King Institute of Preventive Medicine Micro-Biological Section reports 1912-19
Year: 1912
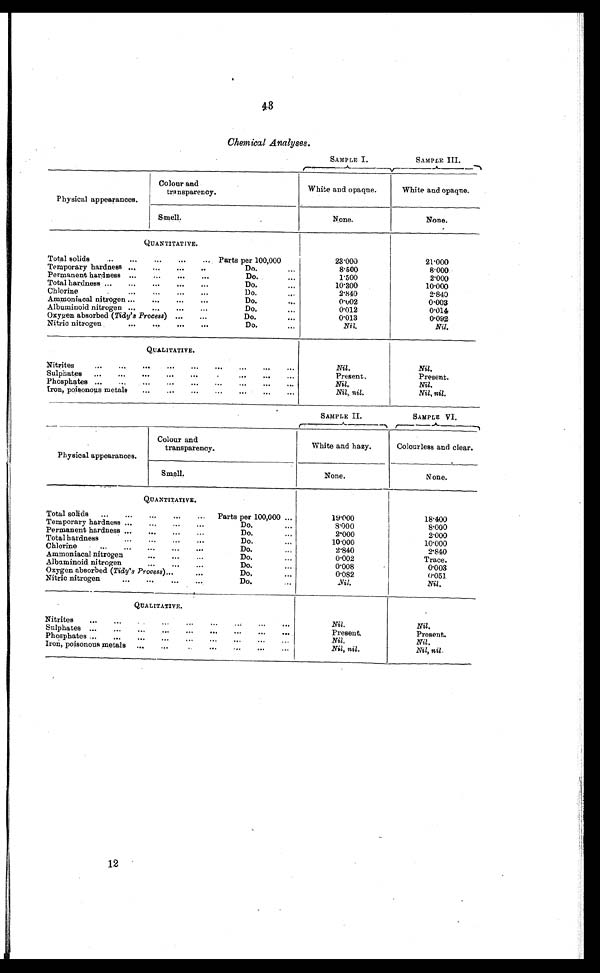
Chemical Analyses.
SAMPLE I.
SAMPLE III.
Physical appearances.
Colour and
transparency.
White and opaque.
White and opaque.
Smell.
None.
None.
QUANTITATIVE.
Total solids
...
...
...
Parts per 100,000
2 3 . 0 0 0
21.000
Temporary hardness ...
...
..
Do.
...
8.500
8.000
Permanent hardness ...
...
...
...
Do.
1.500
2.000
Total hardness ...
...
...
...
Do.
...
1 0 . 3 0 0
10.000
Chlorine
...
...
...
...
Do.
...
2.840
2 . 8 4 0
Ammoniacal nitrogen ...
...
...
Do.
...
0.002
0.003
Albuminoid nitrogen ...
...
Do.
...
0.012
0.014
Oxygen absorbed (Tidy's Process) ...
...
Do.
...
0.013
0.092
Nitric nitrogen
...
...
...
Do.
Nil.
Nil.
QUALITATIVE.
Nitrites
...
...
...
...
...
...
...
...
Nil.
Nil.
Sulphates
...
...
...
...
...
...
Present.
Present.
Phosphates ...
...
...
...
.
...
Nil.
Nil.
Iron, poisonous metals
...
...
...
Nil, nil.
Nil, nil.
SAMPLE II.
SAMPLE VI.
Physical appearances.
Colour and
transparency.
White and hazy.
Colourless and clear.
Smell.
None.
None.
QUANTITATIVE.
Total solids
......
Parts per 100,000 ...
19.000
18.400
Temporary hardness ...
...
...
Do.
...
8.000
8.000
Permanent hardness ...
...
...
Do.
...
2.000
2.000
Total hardness...
D o .
10.000
10.000
Chlorine
...
...
...
...
Do.
...
2.840
2.840
Ammoniacal nitrogen
...
...
...
Do.
...
0.002
Trace.
Albuminoid nitrogen
D o .
0.008
0.003
Oxygen absorbed (Tidy's Process)...
...
Do.
0.082
0.051.
Nitric nitrogen
... ...
...
Do.
Nil .
Nil .
QUALITATIVE.
Nitrites
. . . ...
Nil.
Nil.
Sulphates ...
... ...
...
...
...
. . .
Present.
Present.
Phosphates ......
... ...
... ...
...
Nil.
Nil.
Iron, poisonous metals
...
...
... ...
...
...
Nil, nil.
Nil, nil.